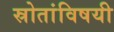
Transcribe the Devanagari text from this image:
स्रोतांविषयी